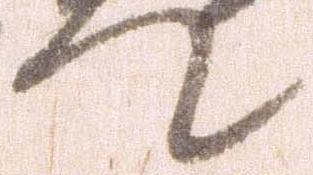
て